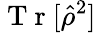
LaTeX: \mathrm{~T~r~}[\hat{\rho}^{2}]